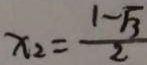
x _ { 2 } = \frac { 1 - \sqrt { 3 } } { 2 }